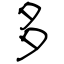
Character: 多